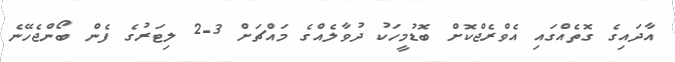
އާދައިގެ ގޮތެއްގައި އެވްރެޖްކޮށް ބޮޑުމީހަކު ދުވާލެއްގެ މައްޗަށް 3-2 ލިޓަރުގެ ފެން ބޯންޖެހޭނެ